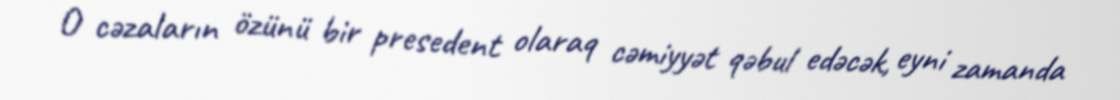
O cəzaların özünü bir presedent olaraq cəmiyyət qəbul edəcək, eyni zamanda